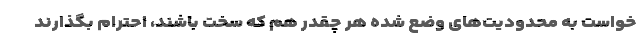
خواست به محدودیت‌های وضع شده هر چقدر هم که سخت باشند، احترام بگذارند